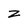
Character: z